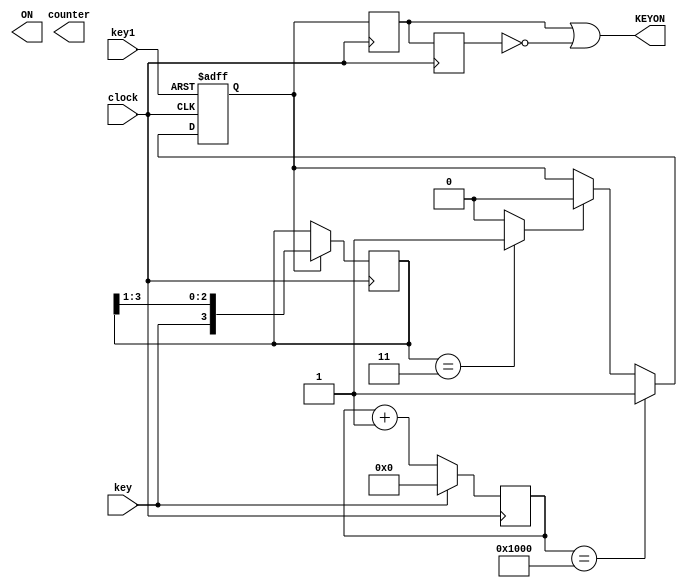
// ============================================================================
// Copyright (c) 2012 by Terasic Technologies Inc.
// ============================================================================
//
// Permission:
//
//   Terasic grants permission to use and modify this code for use
//   in synthesis for all Terasic Development Boards and Altrea Development 
//   Kits made by Terasic.  Other use of this code, including the selling 
//   ,duplication, or modification of any portion is strictly prohibited.
//
// Disclaimer:
//
//   This VHDL or Verilog source code is intended as a design reference
//   which illustrates how these types of functions can be implemented.
//   It is the user's responsibility to verify their design for
//   consistency and functionality through the use of formal
//   verification methods.  Terasic provides no warranty regarding the use 
//   or functionality of this code.
//
// ============================================================================
//           
//  Terasic Technologies Inc
//  9F., No.176, Sec.2, Gongdao 5th Rd, East Dist, Hsinchu City, 30070. Taiwan
//
//
//
//                     web: http://www.terasic.com/
//
// ============================================================================
//
// Major Functions:KEY triggle
//
// ============================================================================
//
// Revision History :
// ============================================================================
//   Ver  :| Author             :| Mod. Date :| Changes Made:
//   V1.0 :| Allen Wang         :| 03/25/10  :| Initial Revision
// ============================================================================



//`define  OUT_BIT  9

module keytr (
				key,
				key1,
				ON,
				clock,
				KEYON,
				counter	
			 );

//=======================================================
//  PORT declarations
//=======================================================			 
input	           key;
input            key1;
input	         clock;

output	            ON;
output           KEYON;
output  [9:0]  counter;


reg     [9:0]  counter;
//reg              KEYON;
//wire ON=((counter[`OUT_BIT]==1) && (key==0))?0:1; 
/*/=============================================================================
// Structural coding
//=============================================================================
always @(negedge ON or posedge clock) 
	begin
		if (!ON)
			begin
				counter=0;
			end 
		else if (counter[`OUT_BIT]==0)
				begin
					counter=counter+1;
				end	
	end

always @(posedge clock) 
	begin
		if  ((counter>=1) && (counter <5))
			begin
				KEYON=0;
			end
		else begin	
				KEYON=1;
			 end
	end*/
///debounce starts
reg [3:0] sw;
reg flag,D1,D2;
reg [15:0] delay;
//falling edge detect,
always@(negedge clock)
begin
  if (flag)
     sw<={key,sw[3:1]};
end
assign falling_edge = (sw==4'b0011)?1'b1:1'b0;
////////////
always@(posedge clock,negedge key1)
begin
  if (!key1)
     flag<=1'b1;
  else if (delay==15'd4096)////modify the value here for a better debounce effect when using a high clock frequency;
     flag<=1'b1;
  else if (falling_edge)
     flag<=1'b0;
end
//
always@(posedge clock)
begin
  if (!key)
     delay<=delay+1;
  else
     delay<=15'd0;
end
///debounce over!
/////////////////////////////////////////
///////////?????
always@(negedge clock)
begin
  D1<=flag;
  D2<=D1;
end
assign KEYON = (D1 | !D2);
endmodule